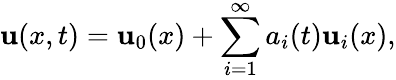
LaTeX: {\mathbf{u}}(x,t)={\mathbf{u}}_{0}(x)+\sum_{i=1}^{\infty}a_{i}(t){\mathbf{u}}_{i}(x),